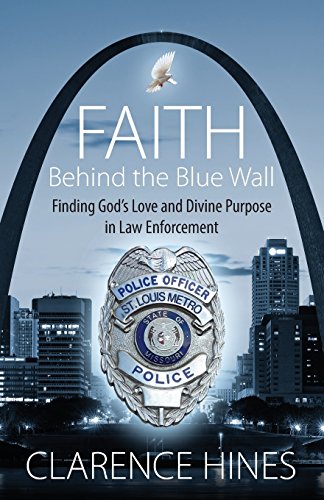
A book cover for Faith Behind the Blue Wall: Finding God's Love and Divine Purpose in Law Enforcement; Clarence Hines; Law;